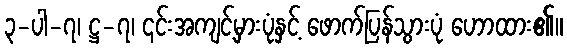
၃-ပါ-၇၊ ဋ္ဌ-၇၊ ၎င်းအကျင့်မှားပုံနှင့် ဖောက်ပြန်သွားပုံ ဟောထား၏။